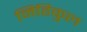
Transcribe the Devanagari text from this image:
मिहिकुल